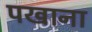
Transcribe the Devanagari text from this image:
पखाना